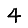
Digit: 4